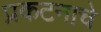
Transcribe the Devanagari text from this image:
प्रकटनाचे